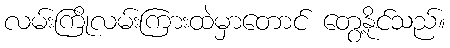
လမ်းကြိုလမ်းကြားထဲမှာတောင် တွေ့နိုင်သည်။